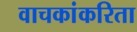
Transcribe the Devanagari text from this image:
वाचकांकरिता